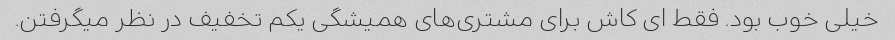
خیلی خوب بود. فقط ای کاش برای مشتری‌های همیشگی یکم تخفیف در نظر میگرفتن.